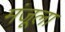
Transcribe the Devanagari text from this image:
मंजूला